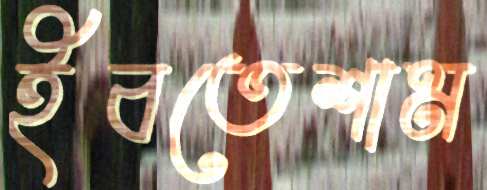
ইবতেশাম